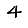
Digit: 4